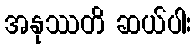
အနုဿတိ ဆယ်ပါး